Indian journal of veterinary science and animal husbandry - Volumes 24-25, 1954-1955
Year: 1954
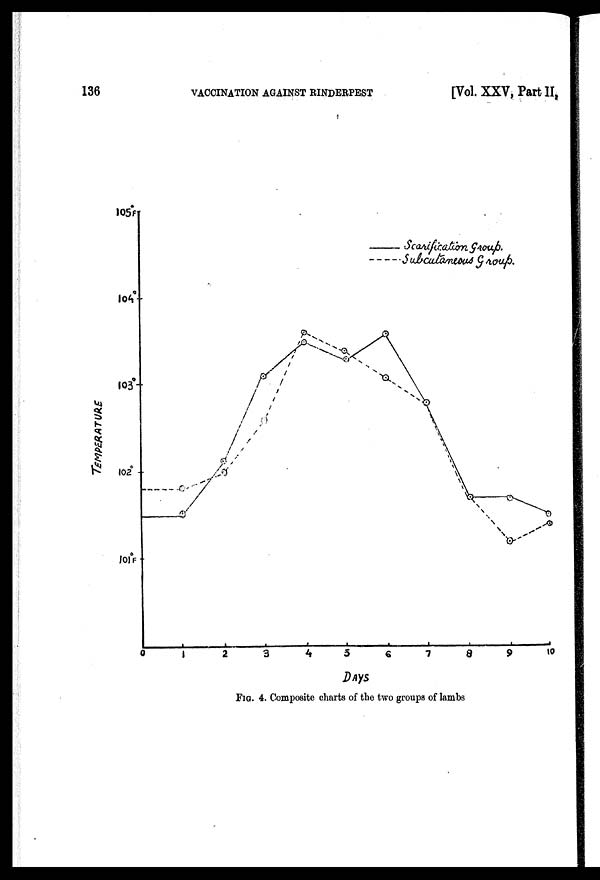
136
VACCINATION AGAINST RINDERPEST
[Vol. XXV, Part II,
FIG. 4. Composite charts of the two groups of lambs